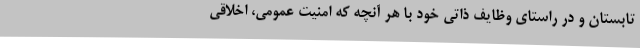
تابستان و در راستای وظایف ذاتی خود با هر آنچه که امنیت عمومی، اخلاقی